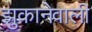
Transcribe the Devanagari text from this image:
झुकानेवाली